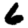
Digit: 6